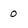
Character: 0